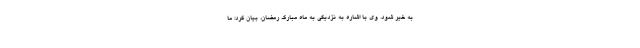
به خیر شود. وی با اشاره به نزدیکی به ماه مبارک رمضان، بیان کرد: ما